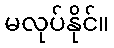
မလုပ်နိုင်။